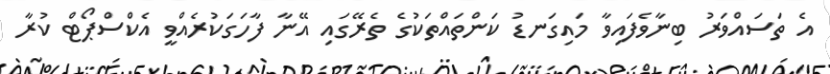
އެ ތަަސައްވަރު ބިނާވެފައިވާ މައިގަނޑު ކަންތައްތަކުގެ ތެރޭގައި އޭނާ ފާހަގަކުރެއްވީ އެކްސްޕޯޓް ކުރާ